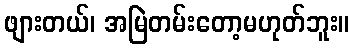
ဖျားတယ်၊ အမြဲတမ်းတော့မဟုတ်ဘူး။